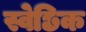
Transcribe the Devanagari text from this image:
स्वेछिक